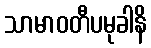
သာမာဝတီပမုခါနိ